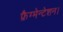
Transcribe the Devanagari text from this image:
फ्रैग्मेन्टेशन।